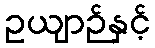
ဥယျာဉ်နှင့်